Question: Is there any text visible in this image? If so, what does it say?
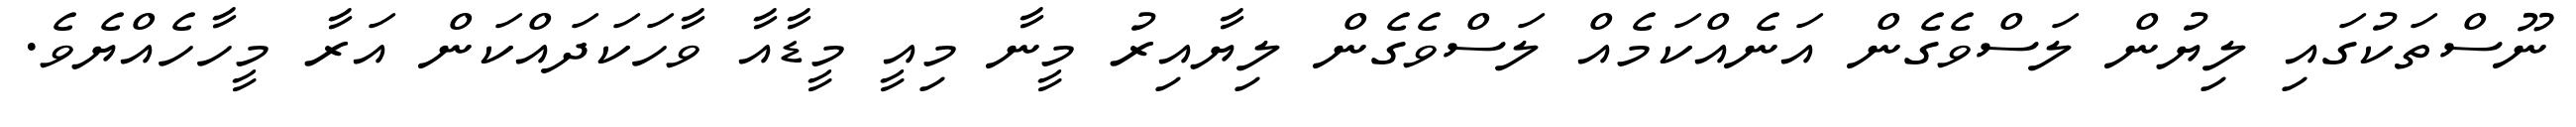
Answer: ނޫސްތަކުގައި ލިޔުން ލަސްވެގެން އަނެއްކަމެއް ލަސްވެގެން ލިޔާއިރު މީނާ މިއީ މީޑާއާ ވާހަކަދައްކަން އަރާ މީހާހެއްޔެވެ.